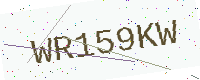
Text: WR159KW